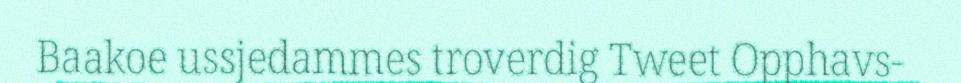
Baakoe ussjedammes troverdig Tweet Opphavs-